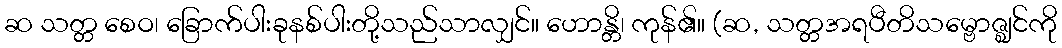
ဆ သတ္တ စေဝ၊ ခြောက်ပါးခုနစ်ပါးတို့သည်သာလျှင်။ ဟောန္တိ၊ ကုန်၏။ (ဆ, သတ္တအရပီတိသမ္ဗောဇ္ဈင်ကို